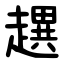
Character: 趩